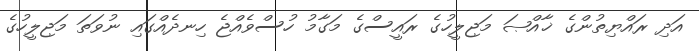
އަދި ރައްޔިތުންގެ ޚާއްޞަ މަޖިލީހުގެ ރައީސްގެ މަގާމު ހުސްވެއްޖެ ހިނދެއްގައި ނުވަތަ މަޖިލީހުގެ